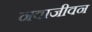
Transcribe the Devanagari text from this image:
नवाजीवन